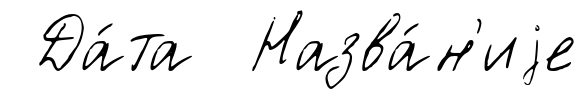
Да́та Назва́н'иjе